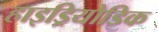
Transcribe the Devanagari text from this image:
हाइड्रियोडिक